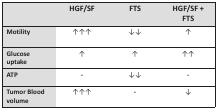
|  | HGF/SF | FTS | HGF/SF + FTS |
 | --- | --- | --- | --- |
 | Motility | ↑↑↑ | ↓↓ | ↑ |
 | Glucose uptake | ↑ | ↑ | ↑↑ |
 | ATP | - | ↓↓ | - |
 | Tumor Blood volume | ↑↑↑ | - | ↓ |